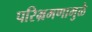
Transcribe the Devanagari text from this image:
परिभ्रमणामुळे